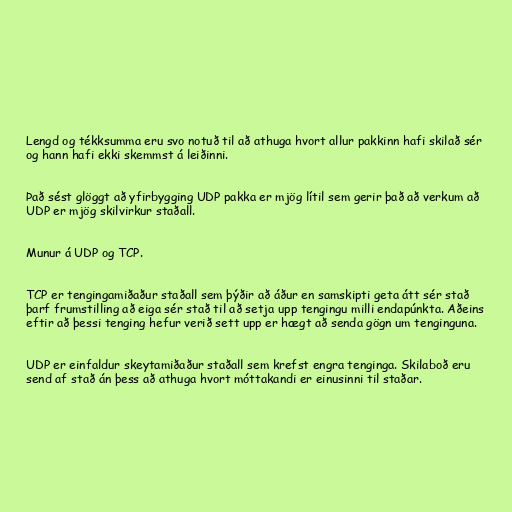
Lengd og tékksumma eru svo notuð til að athuga hvort allur pakkinn hafi skilað sér
og hann hafi ekki skemmst á leiðinni.

Það sést glöggt að yfirbygging UDP pakka er mjög lítil sem gerir það að verkum að
UDP er mjög skilvirkur staðall.

Munur á UDP og TCP.

TCP er tengingamiðaður staðall sem þýðir að áður en samskipti geta átt sér stað
þarf frumstilling að eiga sér stað til að setja upp tengingu milli endapúnkta. Aðeins
eftir að þessi tenging hefur verið sett upp er hægt að senda gögn um tenginguna.

UDP er einfaldur skeytamiðaður staðall sem krefst engra tenginga. Skilaboð eru
send af stað án þess að athuga hvort móttakandi er einusinni til staðar.